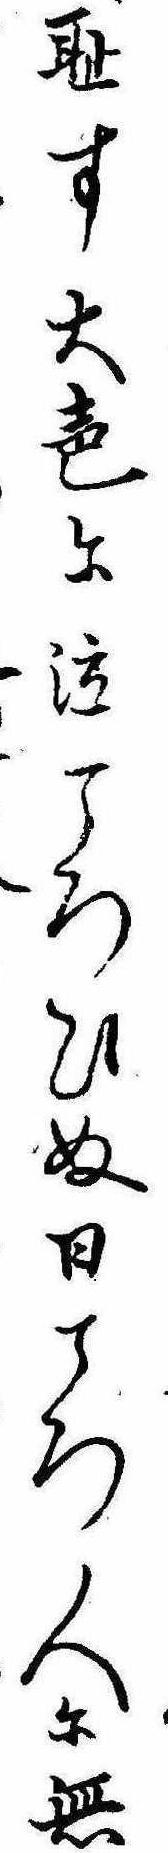
恥す大声に泣ころひぬ日ころ人に無